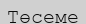
Төсеме